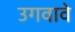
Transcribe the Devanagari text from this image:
उगवावे